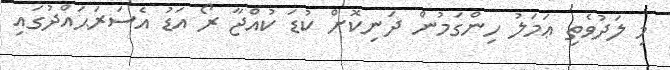
މި ލަދުވެތި ޢަމަލު ހިންގަމުން ދަނިކޮށް ކުޑަ ކުއްޖާ ރޯ އަޑު އެސަރަޙައްދުގައި